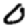
Digit: 0